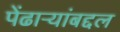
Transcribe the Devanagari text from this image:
पेंढाऱ्यांबद्दल